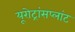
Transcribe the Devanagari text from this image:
यूरोट्रांसप्लांट